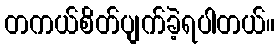
တကယ်စိတ်ပျက်ခဲ့ရပါတယ်။